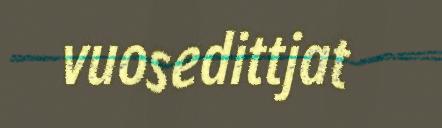
vuosedittjat